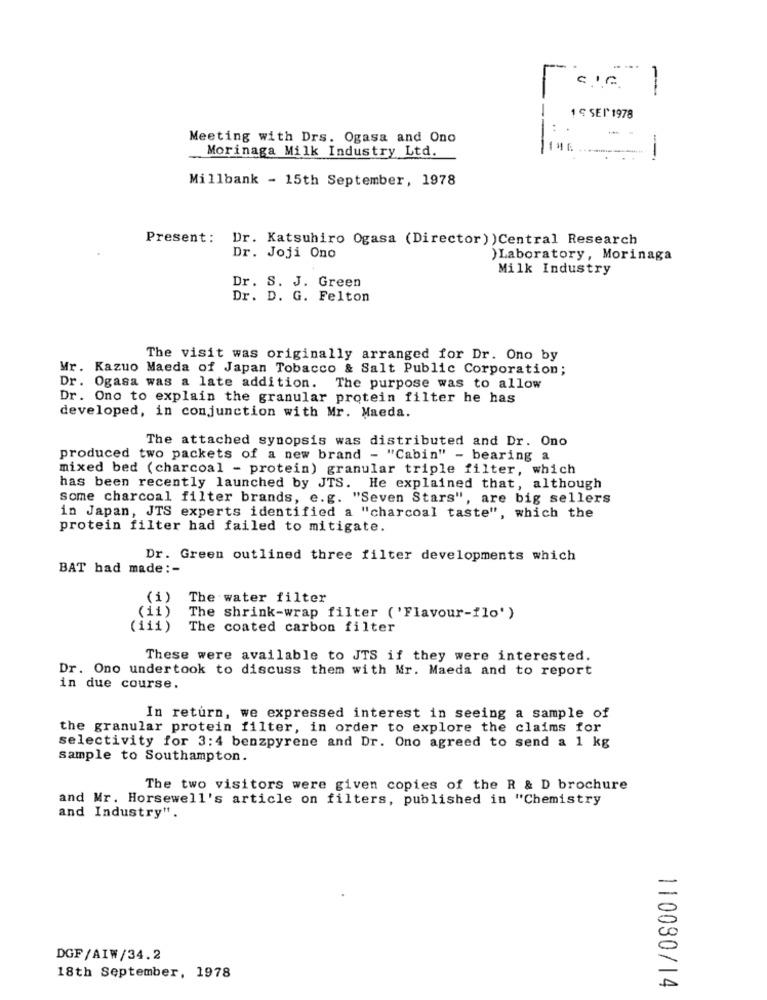
1
CIG.
-
1 5 SEI 1978
Meeting with Drs. Ogasa and Ono
Morinaga Milk Industry Ltd.
Millbank - 15th September, 1978
Present: Dr. Katsuhiro Ogasa (Director) )Central Research
Dr. Joji Ono
)Laboratory, Morinaga
Milk Industry
Dr. S. J. Green
Dr. D. G. Felton
The visit was originally arranged for Dr. Ono by
Mr. Kazuo Maeda of Japan Tobacco & Salt Public Corporation;
Dr. Ogasa was a late addition. The purpose was to allow
Dr. Ono to explain the granular protein filter he has
developed, in conjunction with Mr. Maeda.
The attached synopsis was distributed and Dr. Ono
produced two packets of a new brand - "Cabin" - bearing a
mixed bed (charcoal - protein) granular triple filter, which
has been recently launched by JTS. He explained that, although
some charcoal filter brands, e.g. "Seven Stars", are big sellers
in Japan, JTS experts identified a "charcoal taste", which the
protein filter had failed to mitigate.
Dr. Green outlined three filter developments which
BAT had made :-
(1)
The water filter
(11)
The shrink-wrap filter ( 'Flavour-flo')
(111)
The coated carbon filter
These were available to JTS if they were interested.
Dr. Ono undertook to discuss them with Mr. Maeda and to report
in due course.
In return, we expressed interest in seeing a sample of
the granular protein filter, in order to explore the claims for
selectivity for 3:4 benzpyrene and Dr. Ono agreed to send a 1 kg
sample to Southampton.
The two visitors were given copies of the R & D brochure
and Mr. Horsewell's article on filters, published in "Chemistry
and Industry".
DGF/AIW/34.2
18th September, 1978
110080/14